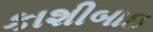
કાશીબાઇ